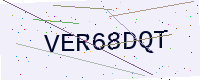
Text: VER68DQT